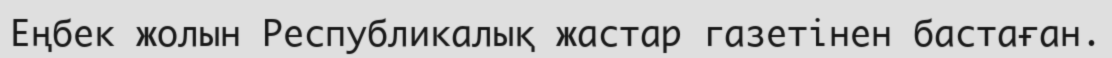
Еңбек жолын Республикалық жастар газетінен бастаған.